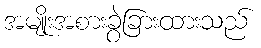
အမျိုးအစားခွဲခြားထားသည်